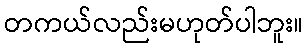
တကယ်လည်းမဟုတ်ပါဘူး။